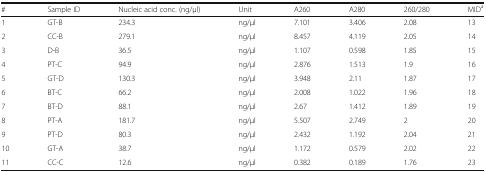
<table><thead><tr><td><b>#</b></td><td><b>Sample ID</b></td><td><b>Nucleic acid conc. (ng/μl)</b></td><td><b>Unit</b></td><td><b>A260</b></td><td><b>A280</b></td><td><b>260/280</b></td><td><b>MID<sup>a</sup></b></td></tr></thead><tbody><tr><td>1</td><td>GT-B</td><td>234.3</td><td>ng/μl</td><td>7.101</td><td>3.406</td><td>2.08</td><td>13</td></tr><tr><td>2</td><td>CC-B</td><td>279.1</td><td>ng/μl</td><td>8.457</td><td>4.119</td><td>2.05</td><td>14</td></tr><tr><td>3</td><td>D-B</td><td>36.5</td><td>ng/μl</td><td>1.107</td><td>0.598</td><td>1.85</td><td>15</td></tr><tr><td>4</td><td>PT-C</td><td>94.9</td><td>ng/μl</td><td>2.876</td><td>1.513</td><td>1.9</td><td>16</td></tr><tr><td>5</td><td>GT-D</td><td>130.3</td><td>ng/μl</td><td>3.948</td><td>2.11</td><td>1.87</td><td>17</td></tr><tr><td>6</td><td>BT-C</td><td>66.2</td><td>ng/μl</td><td>2.008</td><td>1.022</td><td>1.96</td><td>18</td></tr><tr><td>7</td><td>BT-D</td><td>88.1</td><td>ng/μl</td><td>2.67</td><td>1.412</td><td>1.89</td><td>19</td></tr><tr><td>8</td><td>PT-A</td><td>181.7</td><td>ng/μl</td><td>5.507</td><td>2.749</td><td>2</td><td>20</td></tr><tr><td>9</td><td>PT-D</td><td>80.3</td><td>ng/μl</td><td>2.432</td><td>1.192</td><td>2.04</td><td>21</td></tr><tr><td>10</td><td>GT-A</td><td>38.7</td><td>ng/μl</td><td>1.172</td><td>0.579</td><td>2.02</td><td>22</td></tr><tr><td>11</td><td>CC-C</td><td>12.6</td><td>ng/μl</td><td>0.382</td><td>0.189</td><td>1.76</td><td>23</td></tr></tbody></table>